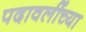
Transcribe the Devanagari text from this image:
पदावलींच्या